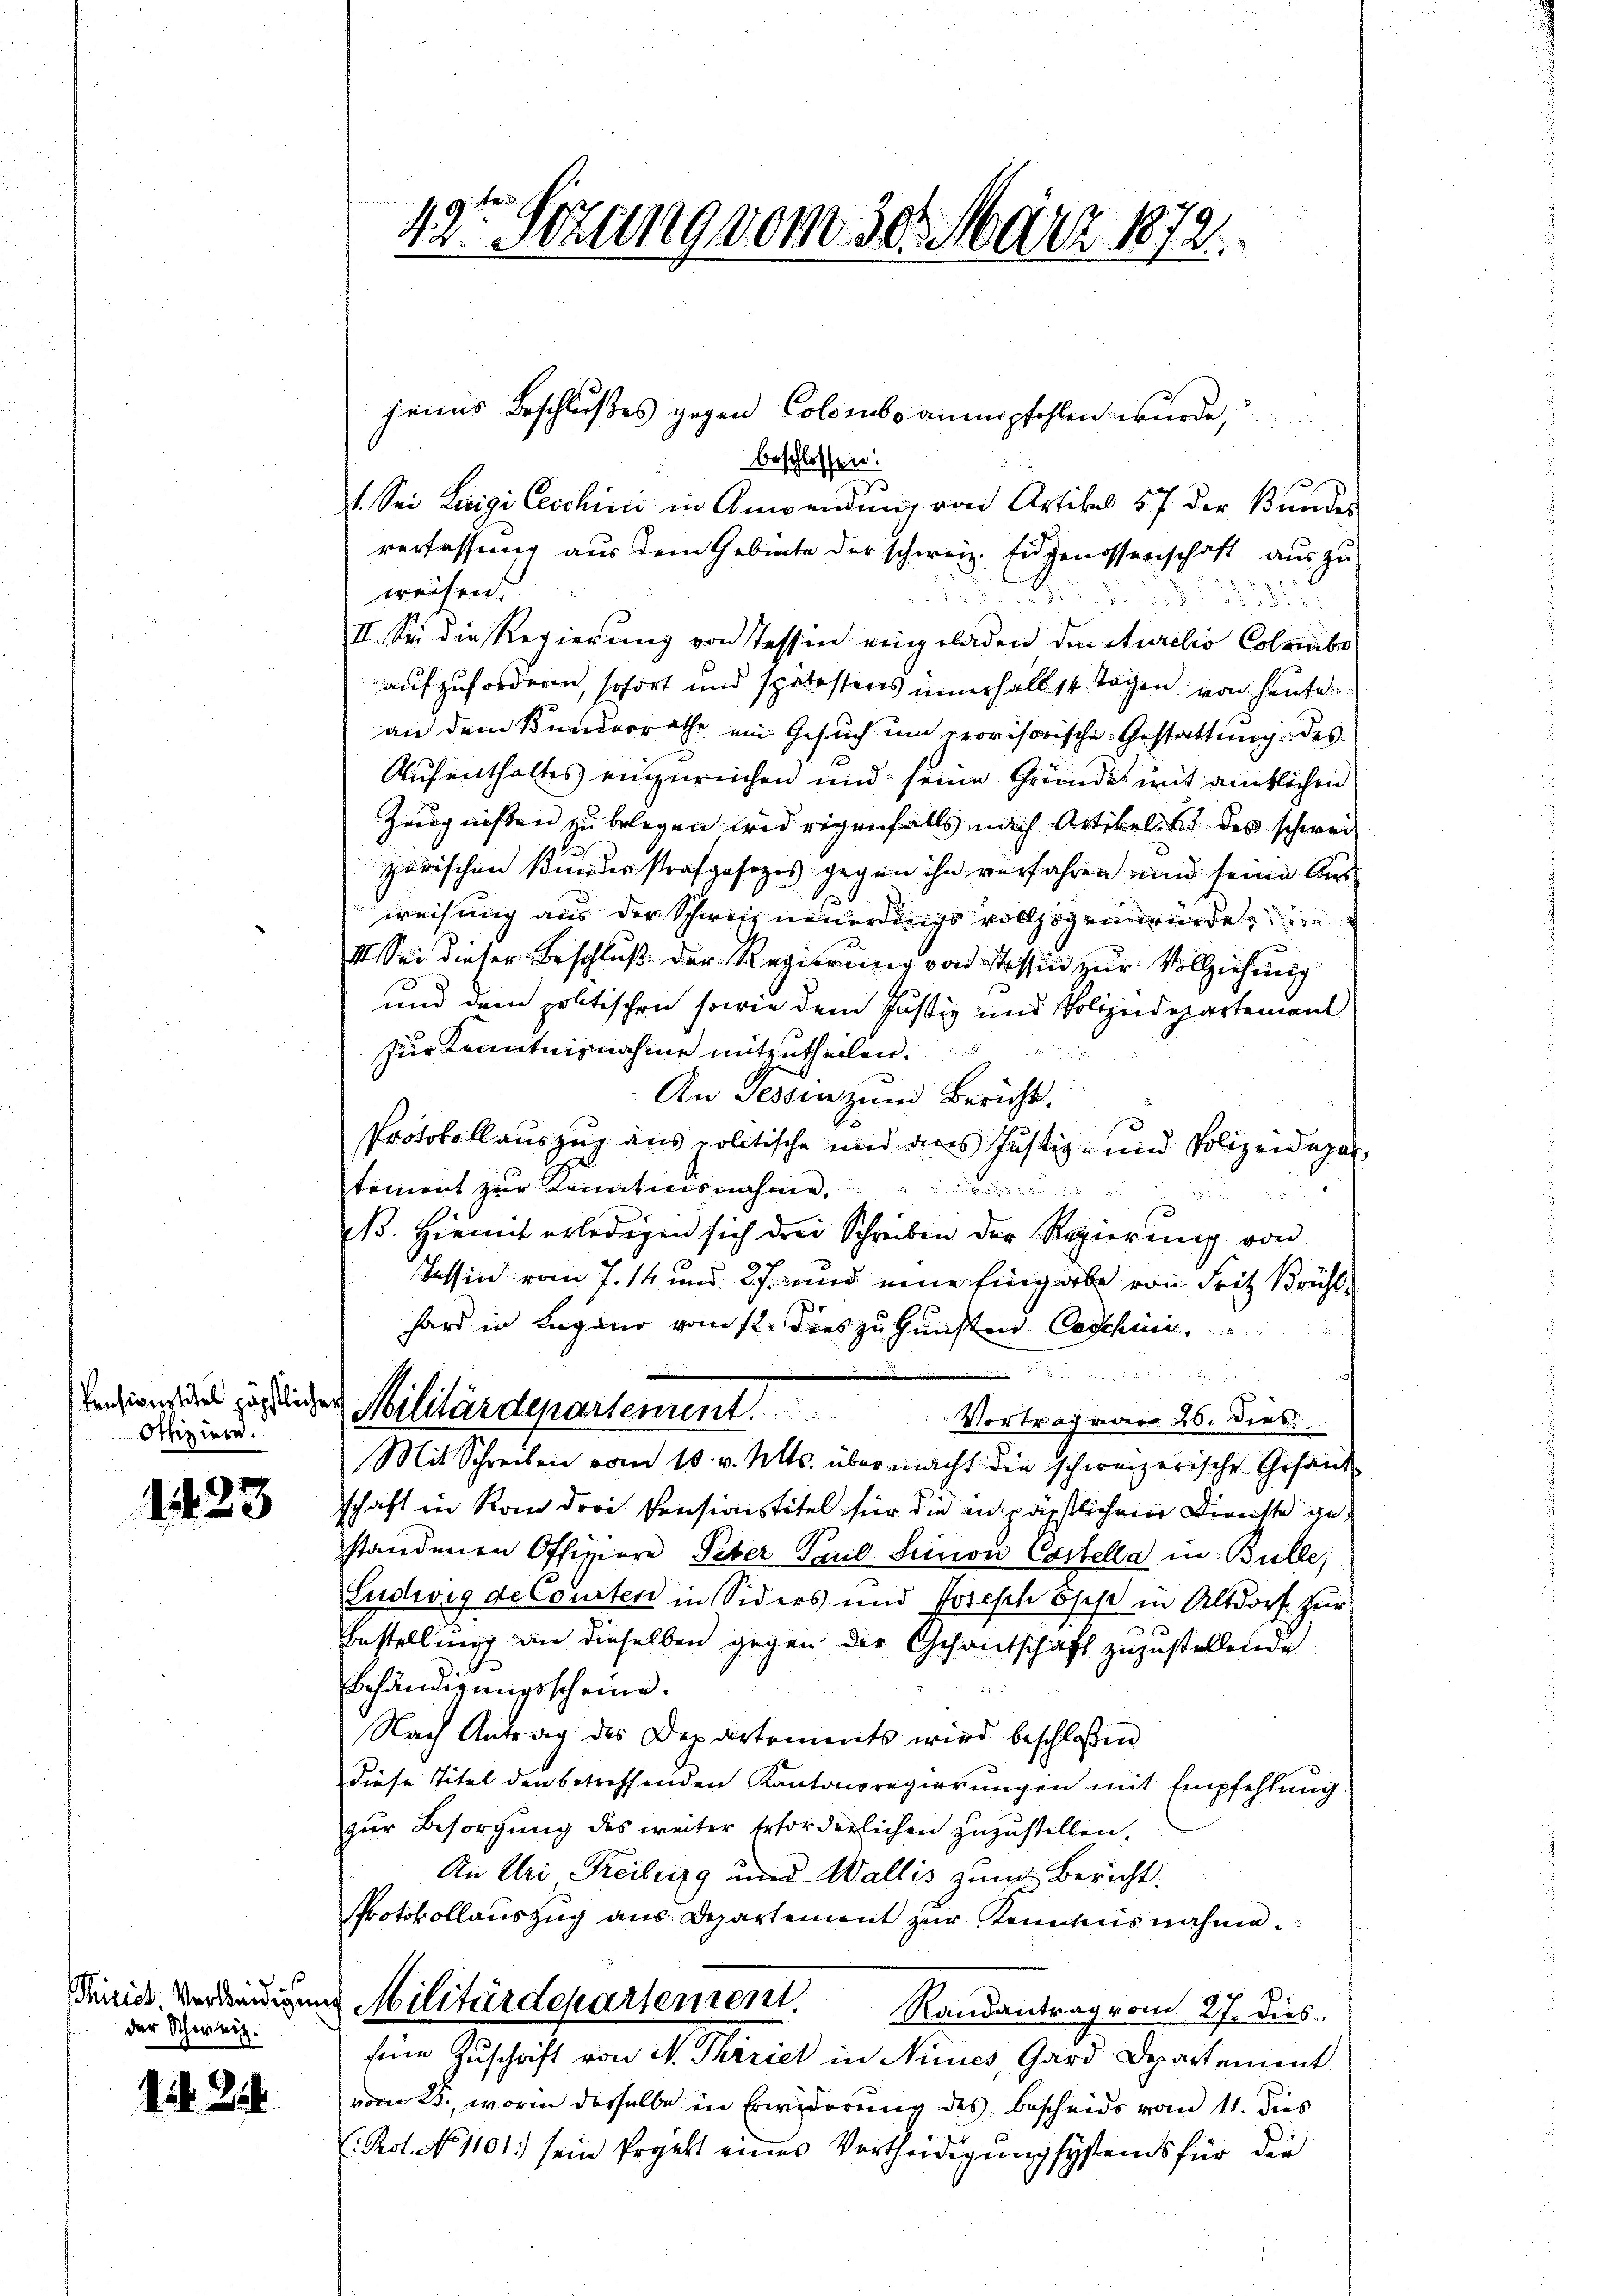
Pensionstitel päpstlich
Offiziere.

1423

1 Zi

Tirick, verleidigen
der Schweiz.

43ten Sitzung vom 30. März 1872.

jenes Beschlußes gegen Colombs anempfohlen wurde,
beschlossen:
1. Sei Luigi Ceschini in Anwendung von Artikel 57 der Bundes
verfassung aus dem Gebiete der schweiz. Eidgenossenschaft aus zu
weisen
22. Juni d. 28, 13892
II. Sei die Regierung von Tessin eingeladen den Aurelis Colsabs
aufzufordern, sofort und spätestens innerhalb 14 Tagen von heute
an dem Kunderrathe ein Gesuch um provisorische Gestattung des
Aufenthaltes einzureichen und seine Gründe mit amtlichen
Zeugnißen zu belegen widrigenfalls nach Artikel. Er des schwei
zärischen Kindesstrafgesezes gegen ihn verfahren und seine Aus
weisung aus der Schweiz neuerungs vollzogen wurde, in
III. Sei dieser Beschluß der Regierung von Tessin zur Vollziehung
und dem politischen sowie dem Justiz und Polizeidepartement
zur Kenntnisnahme mitzutheilen.
An Tessin zum Bericht.
Protokoll auszug aus politische und aus Justiz- und Polizeidepar
teinent zur Kenntnisnahme
 Br 22
. Hiemit erledigen sich drei Schreiben der Regierung von
Tessin vom 7. 14 und 2 und eine Eingabe von Fritz Brühlhard in Lugano vom 12. Dies zu Gunsten Geschen
 d 21
 Militärdepartement.
Vortrag vom 26. Dieb
Mit Schreiben vom 10. v. Mts. übermacht die schweizerische Gesandschaft in Kan der Pensionstitel für die in päpstlichen Dienste gestandenen Offiziere Peter Paul Simon Costella in Bulle,
Ludwig de Courten in Siders und Josisch sehe in Altdorf zur
Bestellung an dieselben gegen der Gesantschaft zuzustellende
Behändigungsscheine.
Nach Antrag des Departements wird beschloßen
diese Titel den betreffenden Kantonsregierungen mit Empfehlung
zur Besorgung des weiter Erforderlichen zuzustellen.
An Uri Treiburg und Wallis zum Bericht.
Protokollauszug aus Departement zur Kenntnisnahme.
u Militärdepartement. Randantrag vom 27. dies
feine Zuschrift von M. Thiriet in Aires, Gard Departement
vom 23., worin derselbe in Erwiderung des Bescheids vom 11. Jus
E. Rot. No 1101) sein Ergebt eines Vertheidigung systends für der